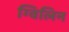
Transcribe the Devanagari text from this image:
ग्विलिन